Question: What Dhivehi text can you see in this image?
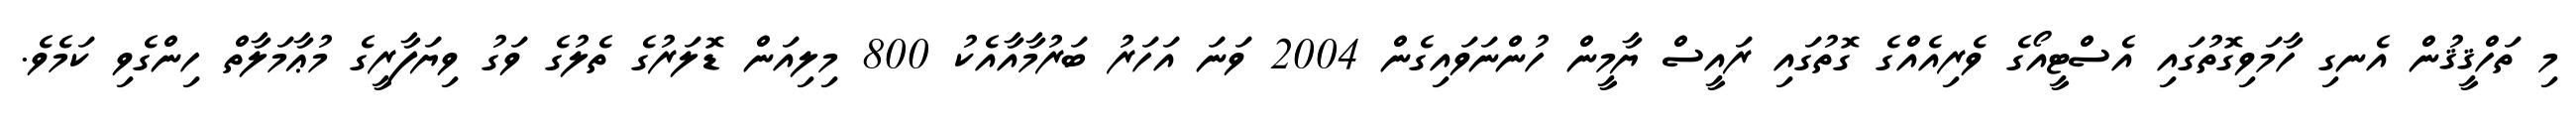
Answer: މި ތަހްޤީޤުން އެނގި ހާމަވިގޮތުގައި އެސްޓީއޯގެ ވެރިއެއްގެ ގޮތުގައި ރައީސް ޔާމީން ހުންނަވައިގެން 2004 ވަނަ އަހަރު ބަރުމާއާއެކު 800 މިލިއަން ޑޮލަރުގެ ތެލުގެ ވަގު ވިޔަފާރީގެ މުޢާމަލާތް ހިންގެވި ކަމެވެ.